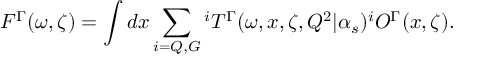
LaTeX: { \cal F } ^ { \mit \Gamma } ( \omega , \zeta ) = \int d x \sum _ { i = Q , G } { ^ i T ^ { \mit \Gamma } } ( \omega , x , \zeta , Q ^ { 2 } | \alpha _ { s } ) { ^ i { \cal O } ^ { \mit \Gamma } } ( x , \zeta ) .